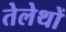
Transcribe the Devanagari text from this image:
तेलेथों